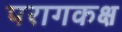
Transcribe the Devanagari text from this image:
परागकक्ष